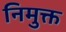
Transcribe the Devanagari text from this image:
निमुक्त